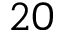
2 0